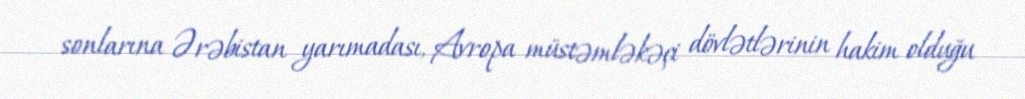
sonlarına Ərəbistan yarımadası, Avropa müstəmləkəçi dövlətlərinin hakim olduğu